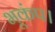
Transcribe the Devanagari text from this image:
भूकंप।